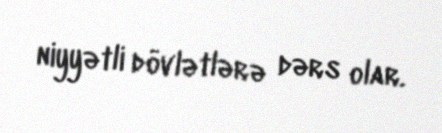
niyyətli dövlətlərə dərs olar.